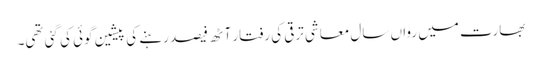
بھارت میں رواں سال معاشی ترقی کی رفتار آٹھ فیصد رہنے کی پیشین گوئی کی گئی تھی۔